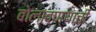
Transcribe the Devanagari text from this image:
बोलावण्याची